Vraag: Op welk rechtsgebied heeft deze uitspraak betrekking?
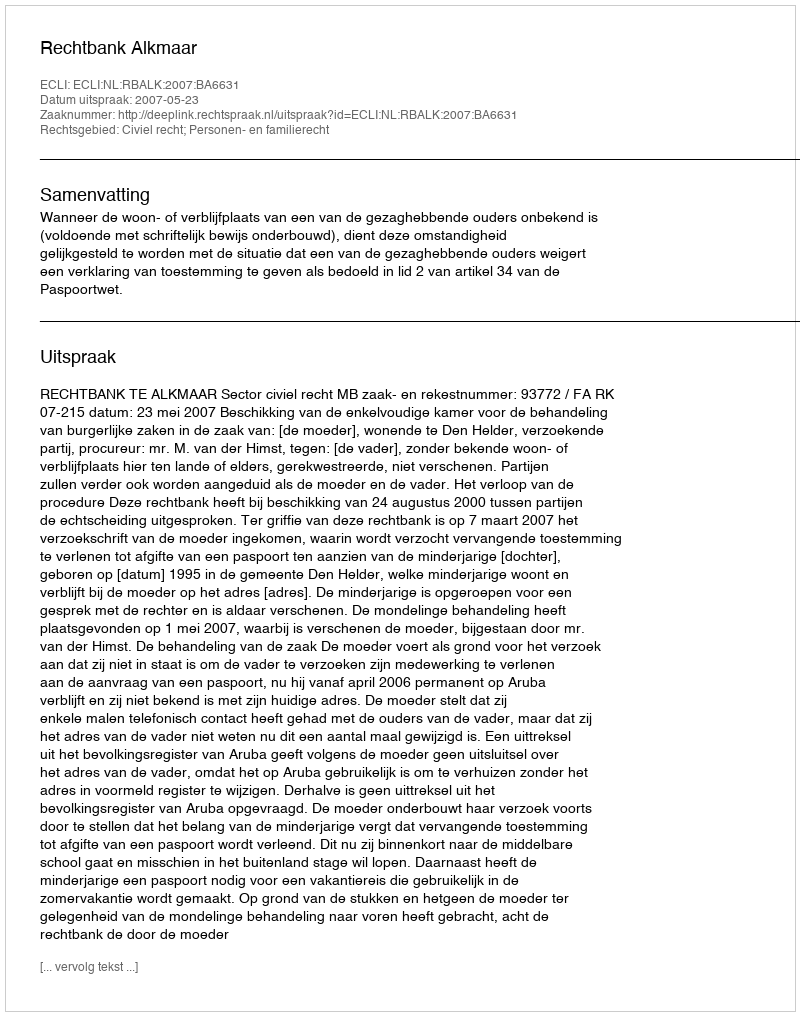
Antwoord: Civiel recht; Personen- en familierecht